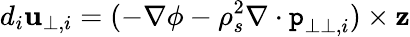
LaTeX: d_{i}\textbf{u}_{\perp,i}=(-\nabla\phi-\rho_{s}^{2}\nabla\cdot\texttt{p}_{\perp\perp,i})\times\textbf{z}